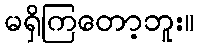
မရှိကြတော့ဘူး။